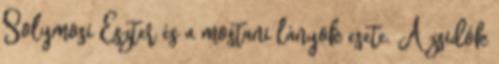
Solymosi Eszter és a mostani lányok esete. A zsidók